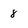
Character: 8